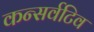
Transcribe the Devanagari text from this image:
कन्सर्वटिव